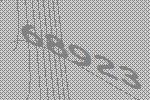
68923